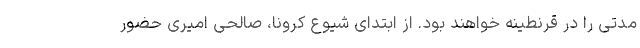
مدتی را در قرنطینه خواهند بود. از ابتدای شیوع کرونا، صالحی امیری حضور